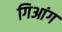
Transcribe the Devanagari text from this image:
गिआंग